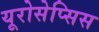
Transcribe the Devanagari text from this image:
यूरोसेप्सिस